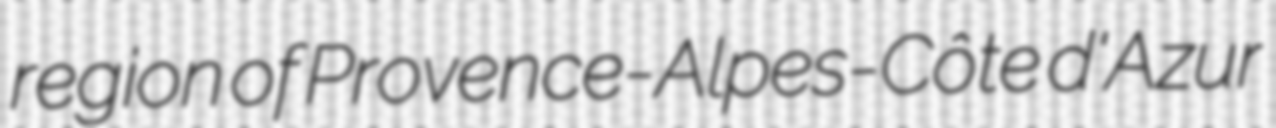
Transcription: region of Provence-Alpes-Côte d'Azur